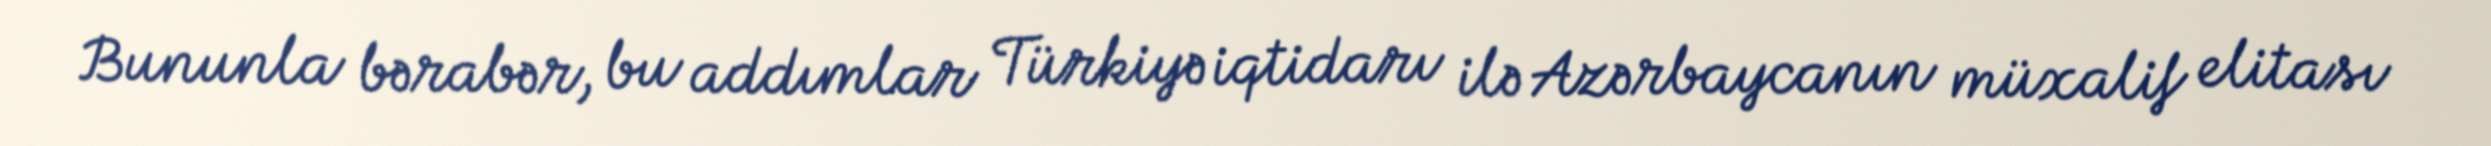
Bununla bərabər, bu addımlar Türkiyə iqtidarı ilə Azərbaycanın müxalif elitası